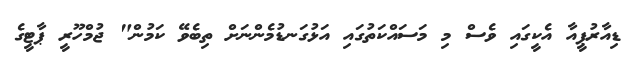
ޑިއާރުޕީއާ އެކީގައި ވެސް މި މަސައްކަތުގައި އަޅުގަނޑުމެންނަށް ތިބެވޭ ކަމުން" ޖުމްހޫރީ ޕާޓީގެ